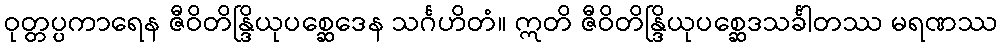
ဝုတ္တပ္ပကာရေန ဇီဝိတိန္ဒြိယုပစ္ဆေဒေန သင်္ဂဟိတံ။ ဣတိ ဇီဝိတိန္ဒြိယုပစ္ဆေဒသင်္ခါတဿ မရဏဿ